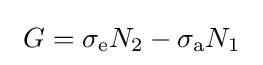
~G=\sigma _{\rm {e}}N_{2}-\sigma _{\rm {a}}N_{1}~